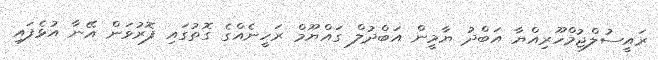
ރައީސުލްޖުމްހޫރިއްޔާ އަބްދު ޔާމީން އަބްދުލް ގައްޔޫމް ރަހީނެއްގެ ގޮތުގައި ފޮރުވަން އޭނާ އުޅެފައި